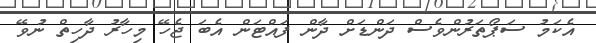
އެކަމު ސަޕޯތަރުންވެސް ދަންޑަށް ދާން ފައްޓަން އެބަ ޖެހޭ މިހާރު ދާހިތް ނުވޭ